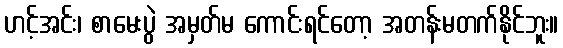
ဟင့်အင်း၊ စာမေးပွဲ အမှတ်မ ကောင်းရင်တော့ အတန်းမတက်နိုင်ဘူး။